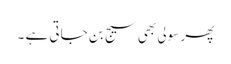
پھر سولی بھی سیج بن جاتی ہے ۔